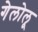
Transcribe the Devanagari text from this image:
गेलोलू